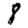
Digit: 8